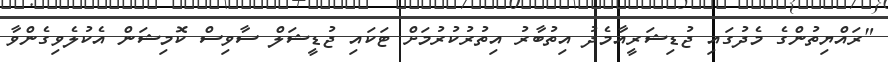
"ރައްޔިތުންގެ މެދުގައި ޖުޑިޝަރީއާމެދު އިތުބާރު އިތުރުކުރުމަށް ޓަކައި ޖުޑީޝަލް ސާވިސް ކޮމިޝަން އެކުލެވިގެންވާ